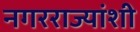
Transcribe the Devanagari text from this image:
नगरराज्यांशी